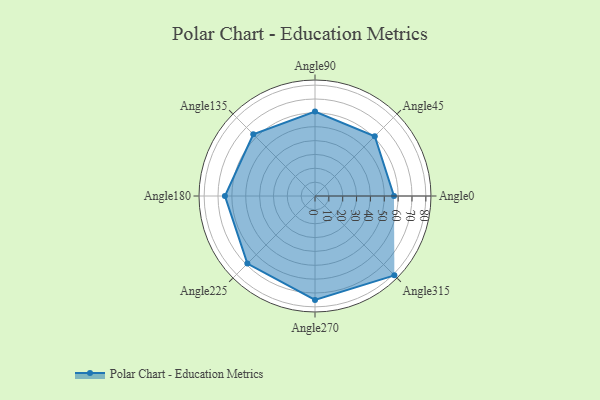
{"axis": {"x": "Angle", "y": "Radius"}, "legend": [""], "data": [{"x": "Angle0", "y": 57.0, "type": ""}, {"x": "Angle45", "y": 61.0, "type": ""}, {"x": "Angle90", "y": 61.0, "type": ""}, {"x": "Angle135", "y": 63.0, "type": ""}, {"x": "Angle180", "y": 65.0, "type": ""}, {"x": "Angle225", "y": 69.0, "type": ""}, {"x": "Angle270", "y": 75.0, "type": ""}, {"x": "Angle315", "y": 81.0, "type": ""}]}